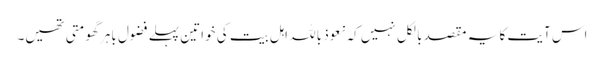
اس آیت کا یہ مقصد بالکل نہیں کہ نعوذ باللہ اہل بیت کی خواتین پہلے فضول باہر گھومتی تھیں۔